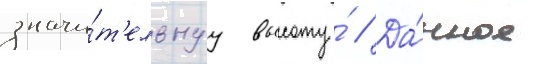
значи́т'ельнуу высоту́ // Да́нное